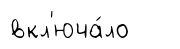
вкл'юча́ло